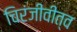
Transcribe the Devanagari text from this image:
चिरंजीवीत्व